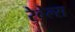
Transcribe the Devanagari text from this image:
रेबेल्स